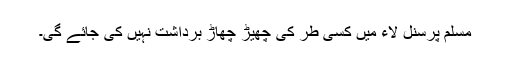
مسلم پرسنل لاء میں کسی طر کی چھیڑ چھاڑ برداشت نہیں کی جائے گی۔